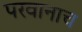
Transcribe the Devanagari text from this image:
परवानाच